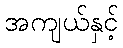
အကျယ်နှင့်